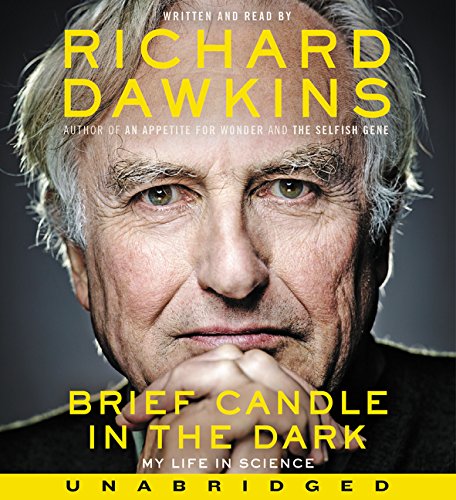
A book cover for Brief Candle in the Dark CD: My Life in Science; Richard Dawkins; Religion & Spirituality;